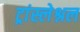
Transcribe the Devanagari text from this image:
ट्रांस्लेश्नल